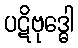
ပဋိဗုဒ္ဓေါ